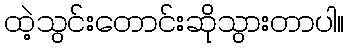
ထဲ့သွင်းတောင်းဆိုသွားတာပါ။